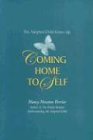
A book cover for Coming Home to Self: The Adopted Child Grows Up; Nancy Newton Verrier; Parenting & Relationships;